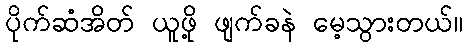
ပိုက်ဆံအိတ် ယူဖို့ ဖျက်ခနဲ မေ့သွားတယ်။